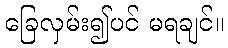
ခြေလှမ်း၍ပင် မရချင်။